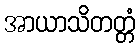
အာယာသိတတ္တံ